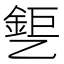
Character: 𰁎